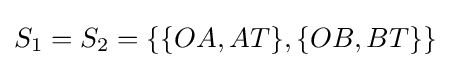
S_{1}=S_{2}=\{\{OA,AT\},\{OB,BT\}\}